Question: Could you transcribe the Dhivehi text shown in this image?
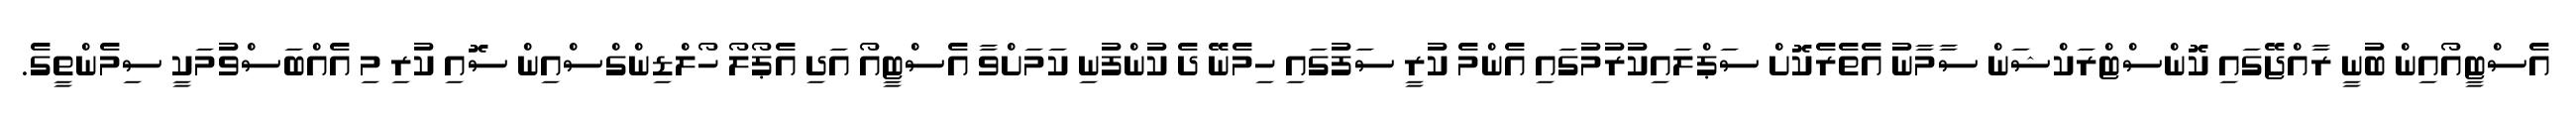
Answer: އެސްޓީއޯއިން ބުނީ ރާއްޖޭގައި ކޮންސްޓްރަކްޝަން ސާމާނު އެތެރެކޮށް ސަޕްލައިކުރުމުގައި އެންމެ ކުރީ ސަފުގައި ހިމެނޭ ދެ ކުންފުނި ކަމަށްވާ އެސްޓީއޯ އަދި އެޕޯލޯ ހޯލްޑިންގްސްއިން ސޮއި ކުރި މި އެއްބަސްވުމަކީ ސިމެންތީގެ.